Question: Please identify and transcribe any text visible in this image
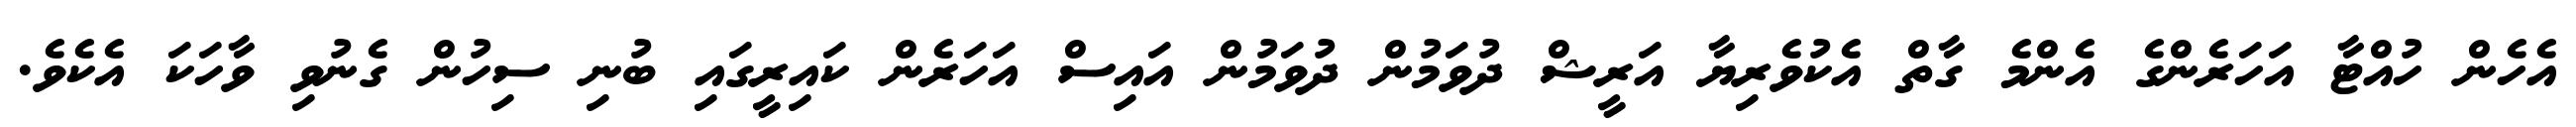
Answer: އެހެން ހުއްޓާ އަހަރެންގެ އެންމެ ގާތް އެކުވެރިޔާ އަރީޝް ދުވަމުން ދުވަމުން އައިސް އަހަރެން ކައިރީގައި ބުނި ސިހުން ގެނުވި ވާހަކަ އެކެވެ.